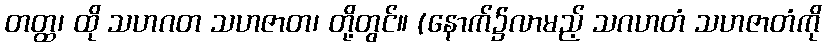
တတ္ထ၊ ထို သဟဂတ သဟဇာတ၊ တို့တွင်။ (နောက်၌လာမည့် သဂဟတံ သဟဇာတံကို